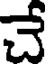
చే